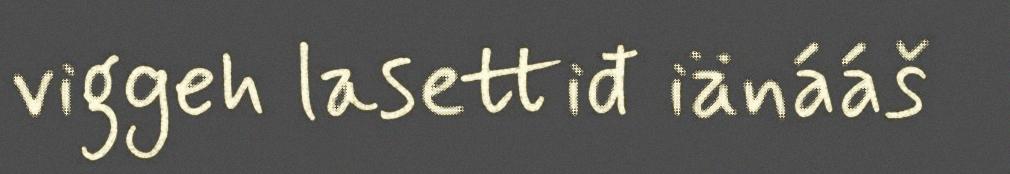
viggeh lasettiđ iänááš